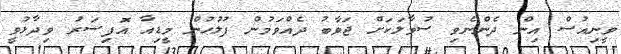
ވީނިއުސް އިން ދެންނެވި ސުވާލަކަށް ޖަވާބު ދެއްވަމުން ފުލުހުން މީޑިއާ އޮފިސަރު ވިދާޅުވީ